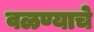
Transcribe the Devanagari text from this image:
वळण्याचे